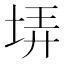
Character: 𡋱